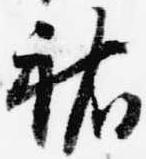
祐